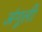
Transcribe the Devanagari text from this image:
अंगूली